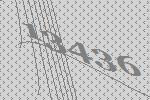
13436